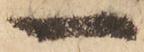
一